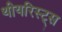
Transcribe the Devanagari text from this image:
थीयरिस्ट्स